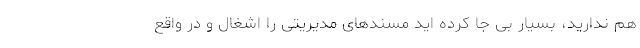
هم ندارید، بسیار بی جا کرده اید مسندهای مدیریتی را اشغال و در واقع